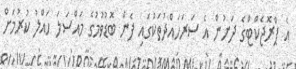
އެ ޕްރޮޖެކްޓްގެ ދަށުން އެ ސަރަހައްދުތަކުގައި ފެން ބޮޑުވުމުގެ މައްސަލަ ހައްލު ކުރުމަށް